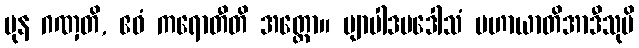
ပုန ဂဏှတိ, ဧဝံ ကရောတီတိ အတ္ထော။ ဗျာပါဒပဒေါသံ ပဟာယာတိအာဒီသုပိ